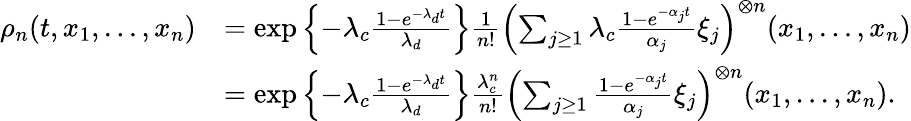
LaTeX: \begin{array}{rl}{\rho_{n}(t,x_{1},...,x_{n})}&{=\exp\left\{ -\lambda_{c}\frac{1-e^{-\lambda_{d}t}}{\lambda_{d}}\right\} \frac{1}{n!}\left(\sum_{j\geq 1}\lambda_{c}\frac{1-e^{-\alpha_{j}t}}{\alpha_{j}}\xi_{j}\right)^{\otimes n}(x_{1},...,x_{n})}\\ &{=\exp\left\{ -\lambda_{c}\frac{1-e^{-\lambda_{d}t}}{\lambda_{d}}\right\} \frac{\lambda_{c}^{n}}{n!}\left(\sum_{j\geq 1}\frac{1-e^{-\alpha_{j}t}}{\alpha_{j}}\xi_{j}\right)^{\otimes n}(x_{1},...,x_{n}).}\end{array}